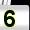
Digit: 5